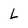
Character: L